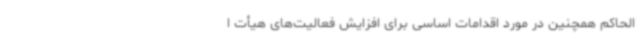
الحاکم همچنین در مورد اقدامات اساسی برای افزایش فعالیت‌های هیأت ا